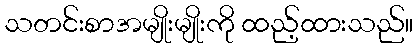
သတင်းစာအမျိုးမျိုးကို ထည့်ထားသည်။